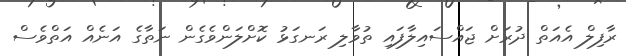
ރާފިލް އެއަތް ދުރަށް ޖައްސައިލާފައި ތުވާލި ރަނގަޅު ކޮށްލަންވެގެން ނަތާގެ އަނެއް އަތްވެސް